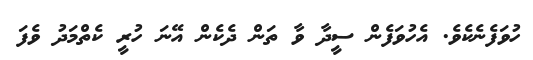
ހުވަފެނެކެވެ. އެހުވަފެން ސީދާ ވާ ތަން ދެކެން އޭނަ ހުރީ ކެތްމަދު ވެފަ